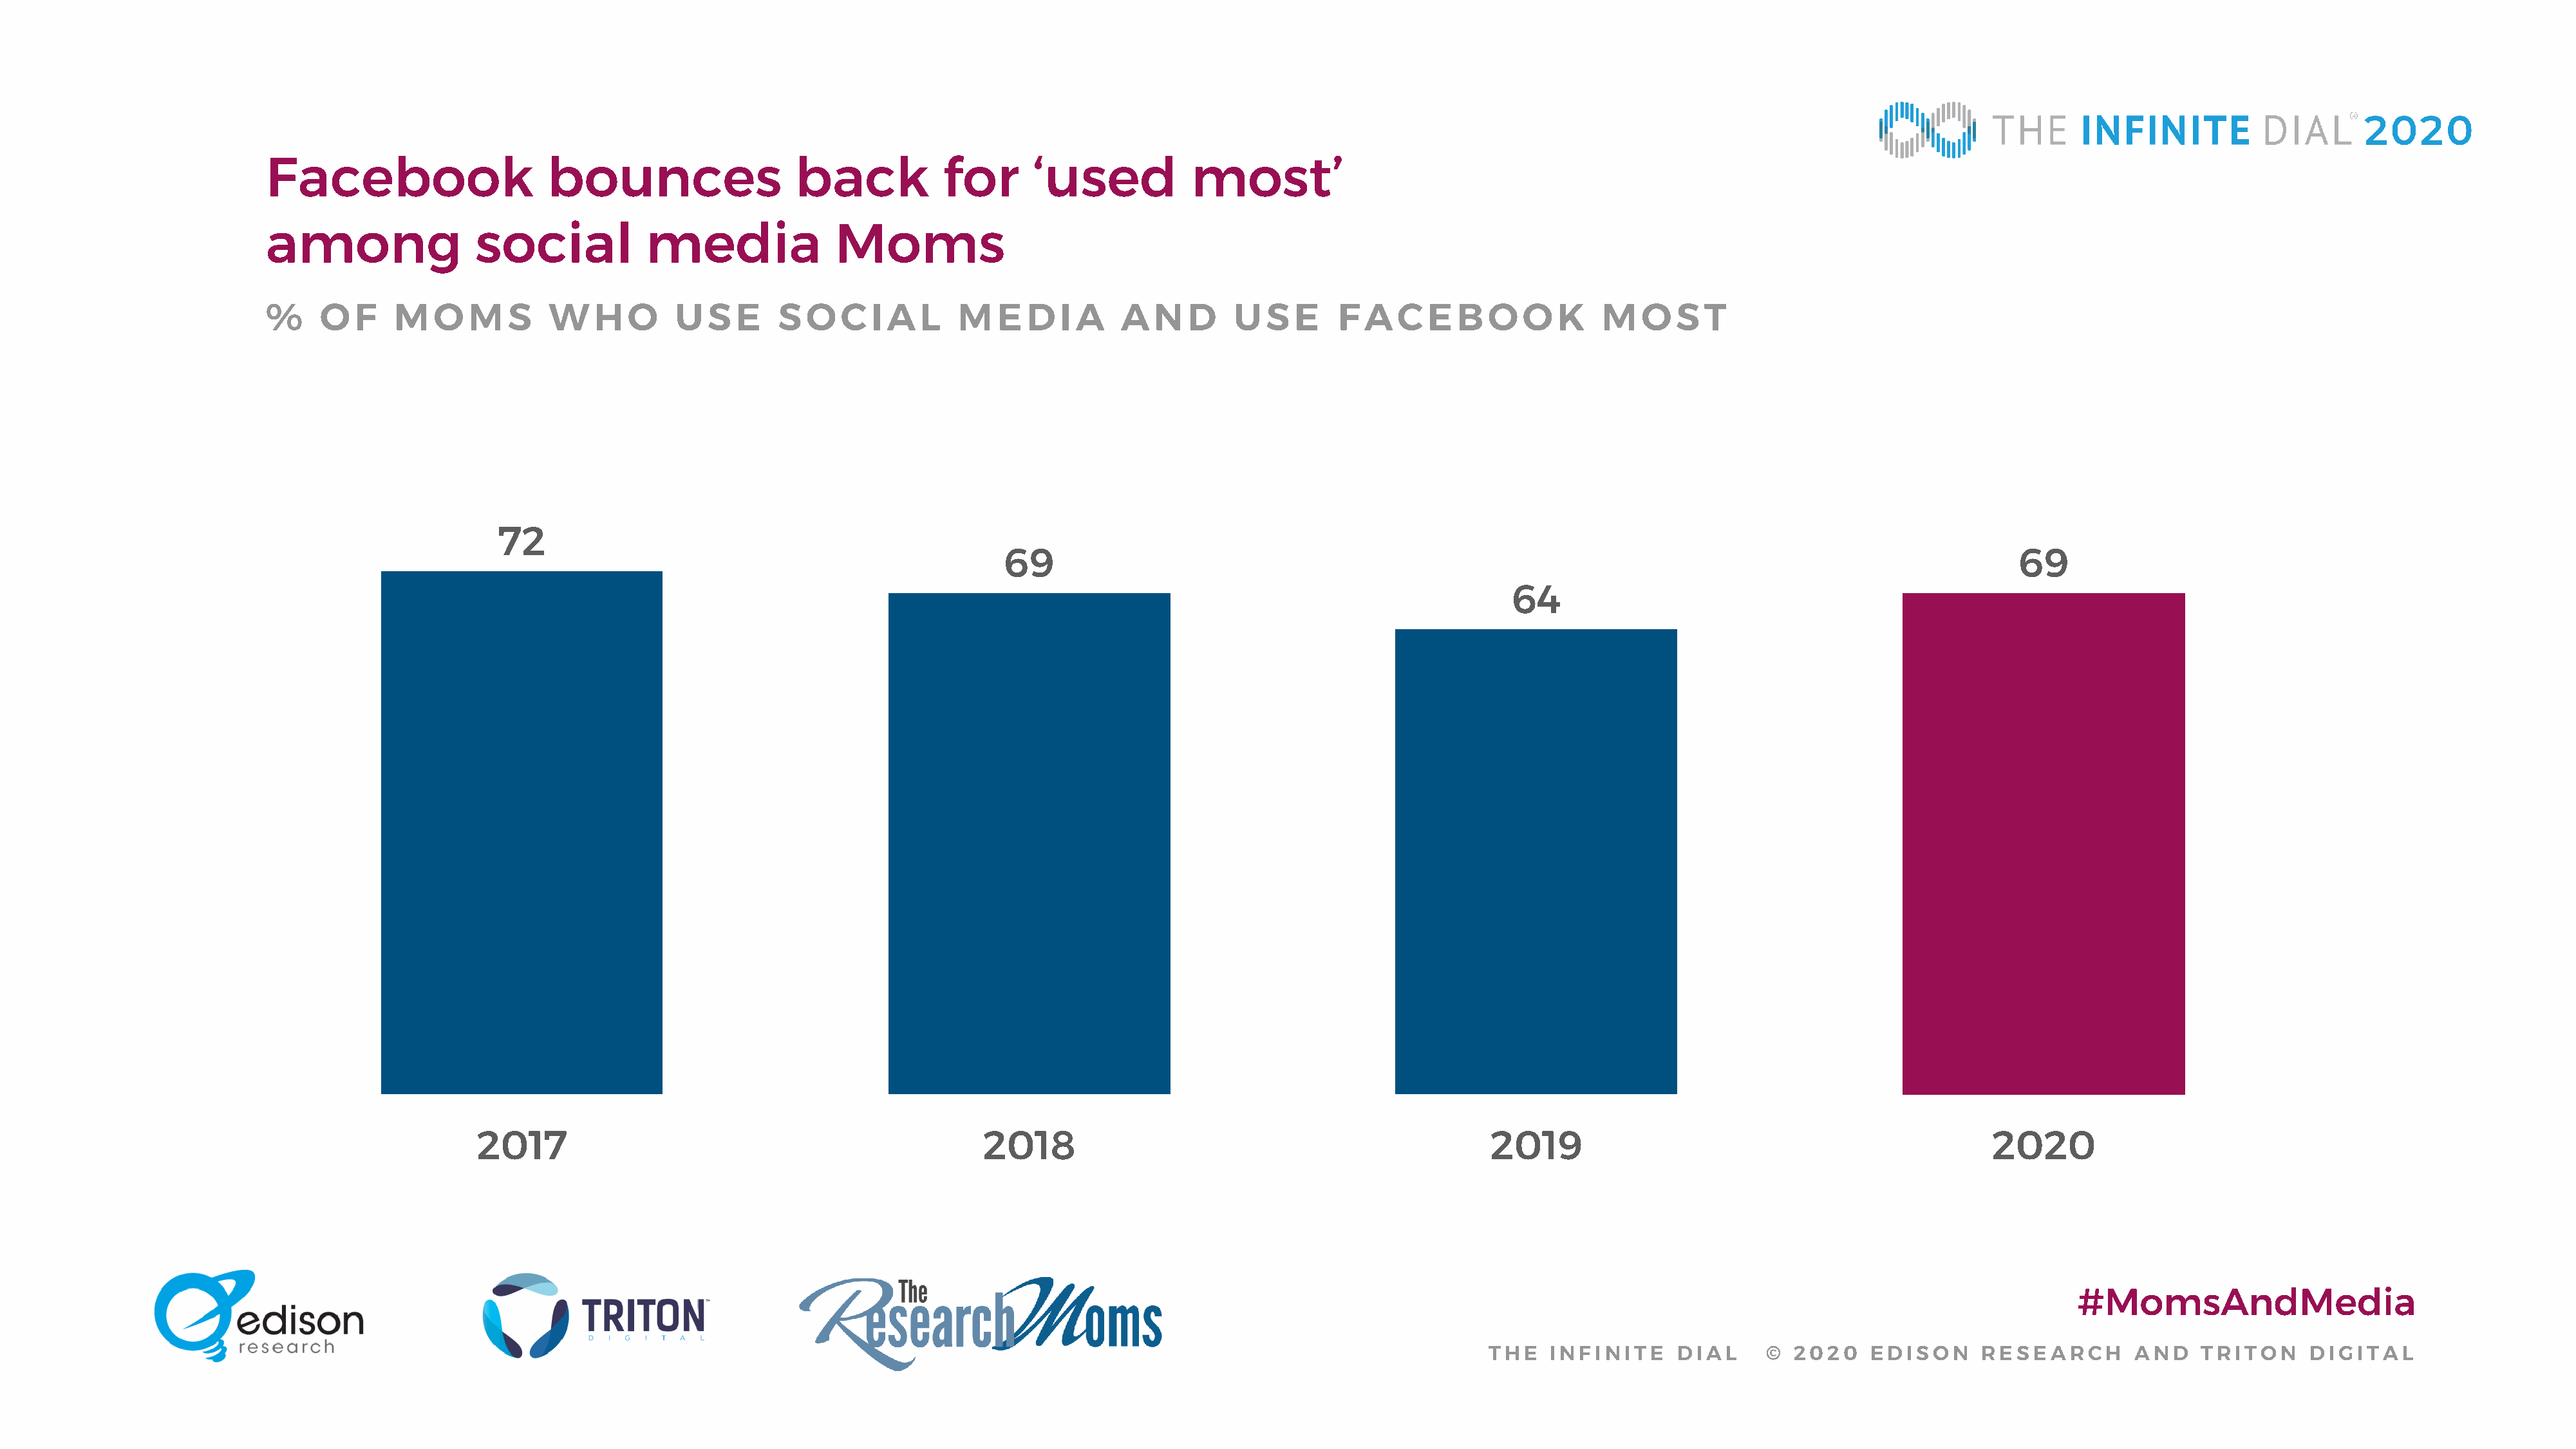
Facebook                     bounces                   back           for      ‘used           most’
 among                 social           media               Moms
 %     O  F   M    O  M   S   W    H   O   U   S  E   S  O  C   I A  L  M    E  D  I A   A   N  D    U  S  E    F A   C  E  B  O   O  K    M   O  S  T
 72
 69                                                                                                       69
 64
 2017                                                2018                                                2019                                                2020
 #MomsAndMedia
 THE   INFINITE     DIAL      © 2020    EDISON      RESEARCH       AND    TRITON     DIGITAL